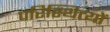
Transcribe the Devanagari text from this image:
परिस्थित्यों